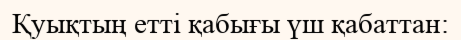
Қуықтың етті қабығы үш қабаттан: